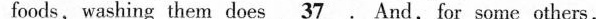
foods, washing them does \underline{37}. And, for some others,